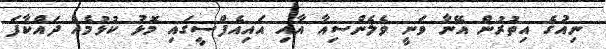
ނިއުގެ އިތުރުން އޭނާ ވަނީ ވެލެންސިއާ އާއި އައިއެފްސީގައި މޮޅު ކުޅުމެއް ދައްކާފަ